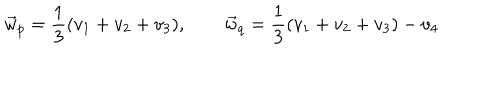
LaTeX: \vec { w } _ { p } = \frac { 1 } { 3 } ( v _ { 1 } + v _ { 2 } + v _ { 3 } ) , \qquad \vec { w } _ { q } = \frac { 1 } { 3 } ( v _ { 1 } + v _ { 2 } + v _ { 3 } ) - v _ { 4 }